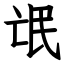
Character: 氓